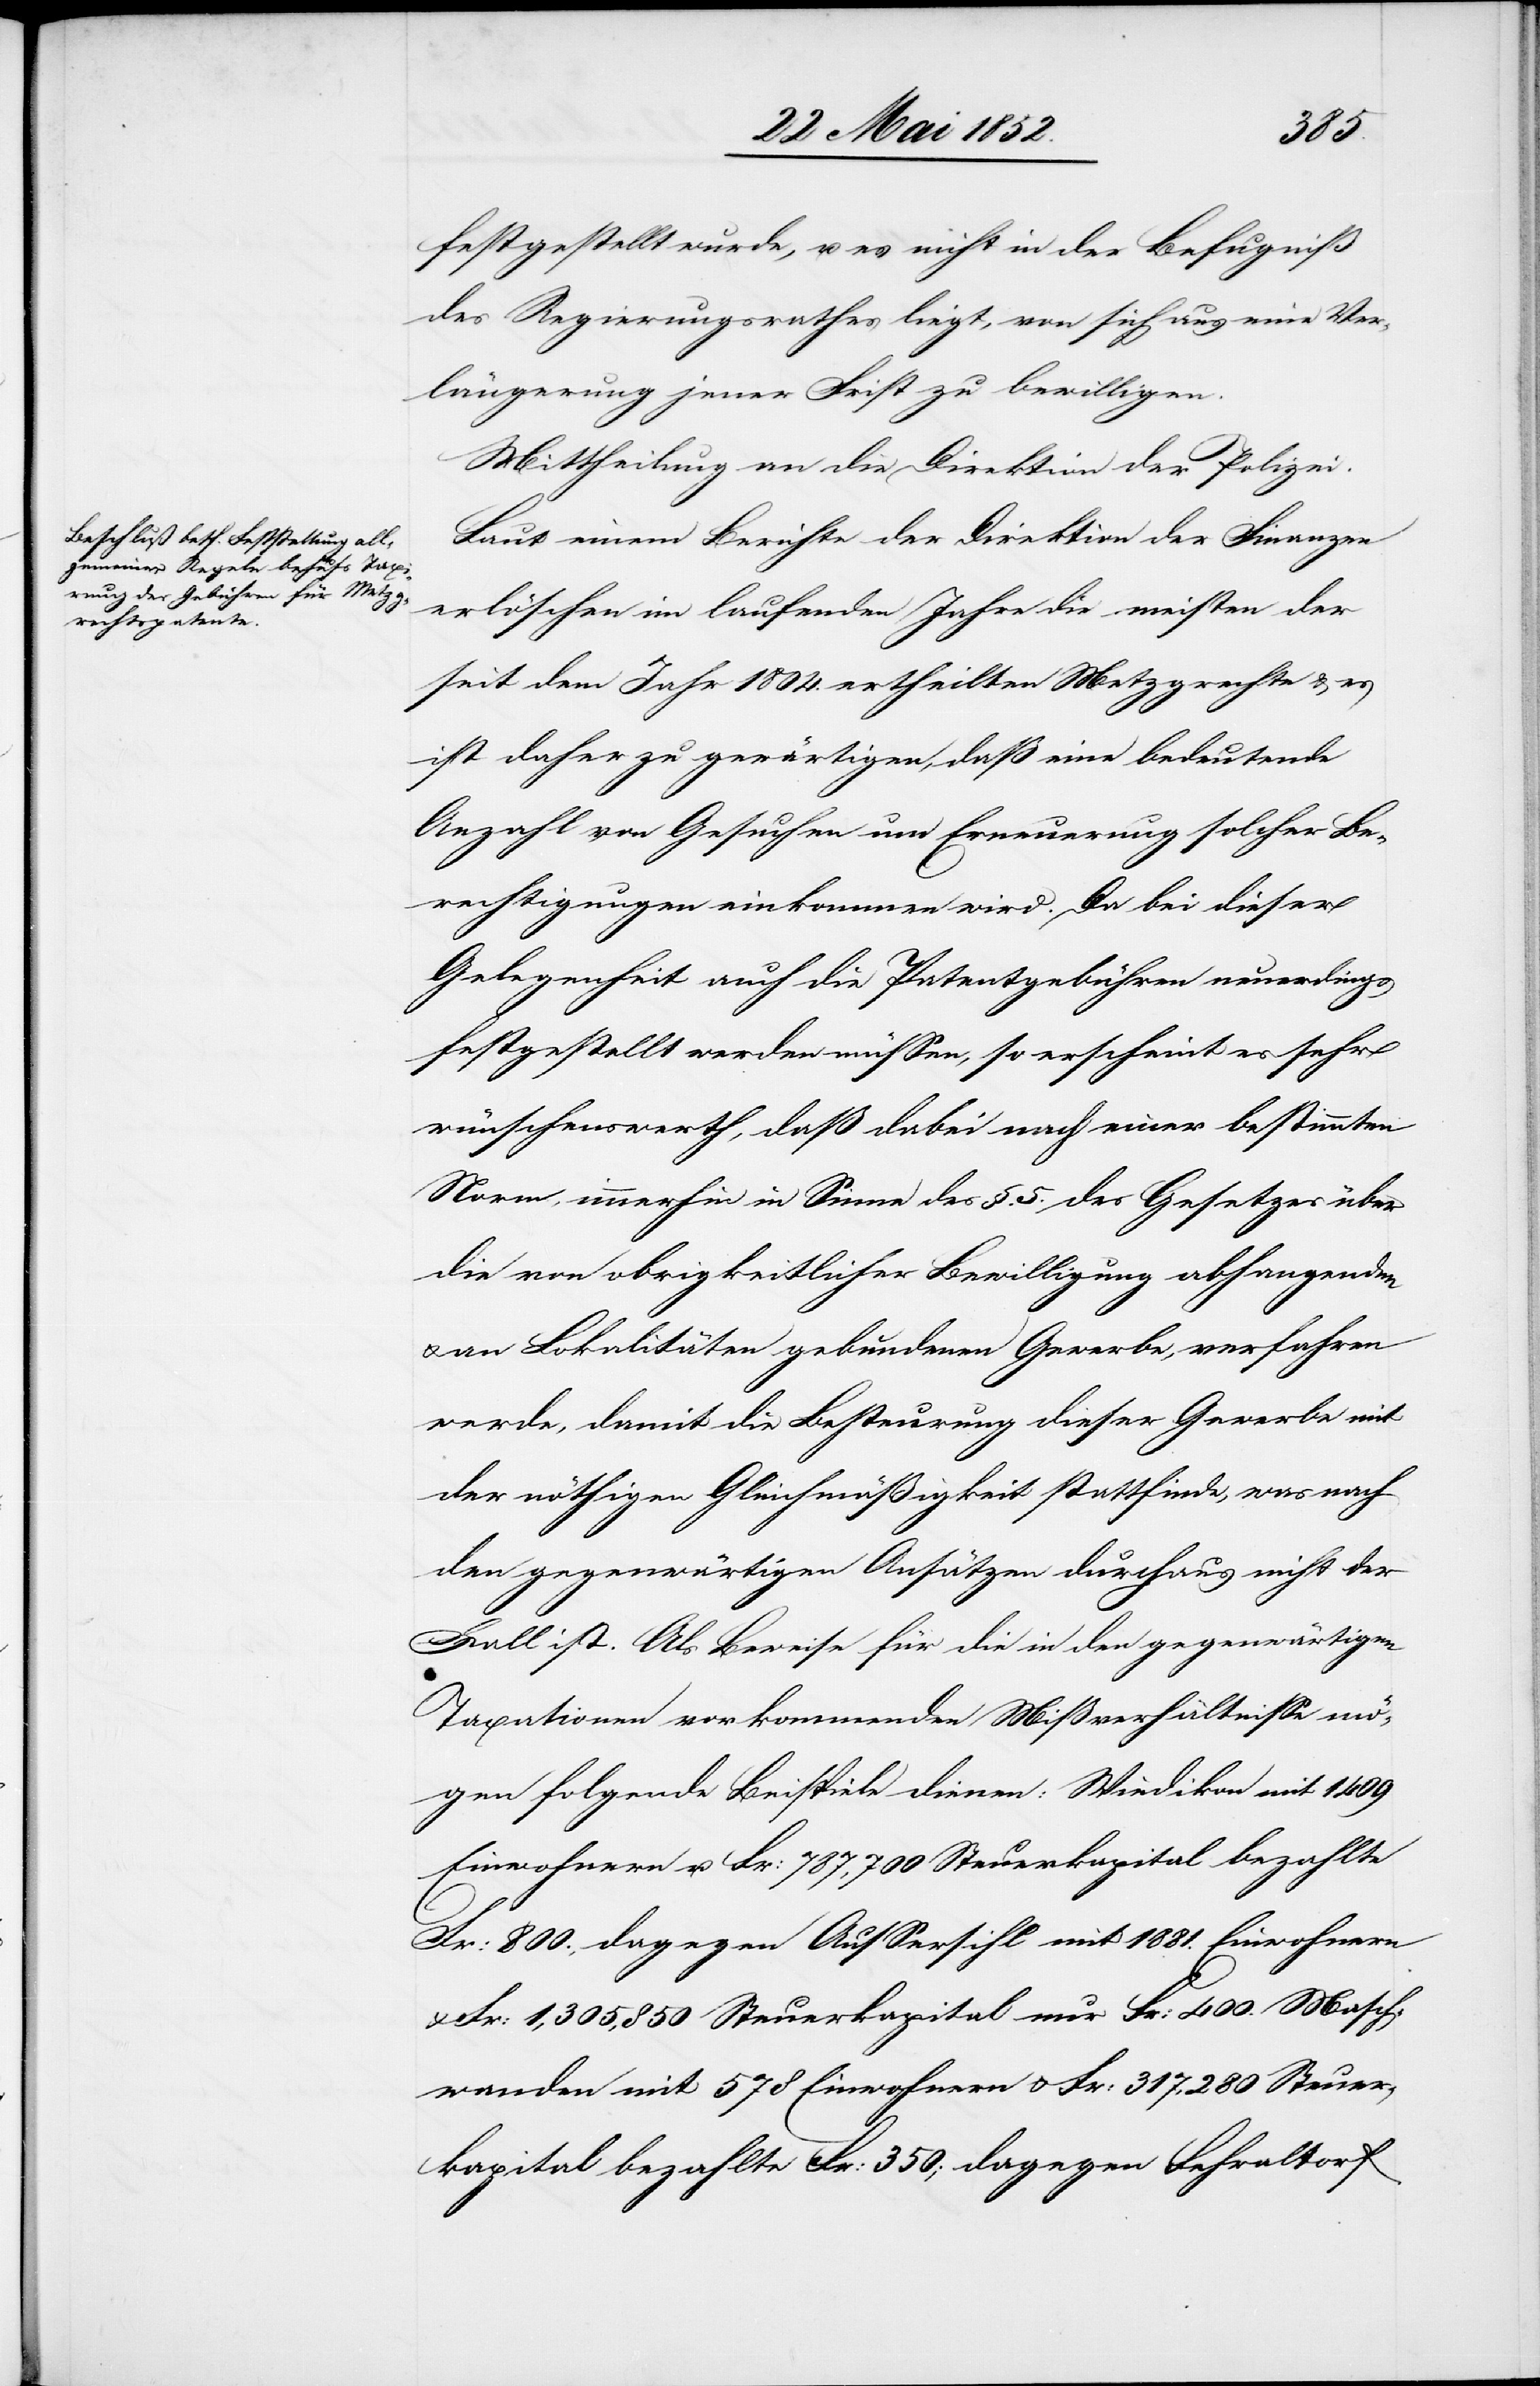
festgestellt wurde, u. es nicht in der Befugniß
des Regierungsrathes liegt, von sich aus eine Ver¬
längerung jener Frist zu bewilligen.
Mittheilung an die Direktion der Polizei.
Laut einem Berichte der Direktion der Finanzen
erlöschen im laufenden Jahre die meisten der
seit dem Jahr 1804. ertheilten Metzgrechte & es
ist daher zu gewärtigen, daß eine bedeutende
Anzahl von Gesuchen um Erneuerung solcher Be¬
rechtigungen einkommen wird. Da bei dieser
Gelegenheit auch die Patentgebühren neuerdings
festgestellt werden müssen, so erscheint es sehr
wünschenswerth, daß dabei nach einer bestimmten
Norm, immerhin in [sic!] Sinne des §. 5. des Gesetzes über
die von obrigkeitlicher Bewilligung abhangenden
& an Lokalitäten gebundenen Gewerbe, verfahren
werde, damit die Besteurung dieser Gewerbe mit
der nöthigen Gleichmäßigkeit stattfinde, was nach
den gegenwärtigen Ansätzen durchaus nicht der
Fall ist. Als Beweise für die in den gegenwärtigen
Taxationen vorkommenden Mißverhältnisse mö¬
gen folgende Beispiele dienen: Wiedikon mit 1409
Einwohnern u. Fr: 787,700 Steuerkapital bezahlte
Fr: 800., dagegen Aussersihl mit 1881. Einwohnern
Fr: 1,305,850 Steuerkapital nur Fr: 400.[,] Masch¬
wanden mit 578 Einwohnern & Fr: 317,280 Steuer¬
kapital bezahlte Fr: 350; dagegen Fehraltorf